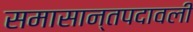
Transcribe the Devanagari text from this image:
समासान्तपदावली